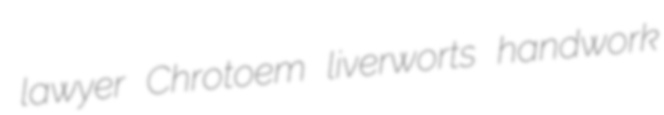
lawyer Chrotoem liverworts handwork